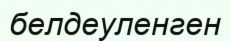
белдеуленген